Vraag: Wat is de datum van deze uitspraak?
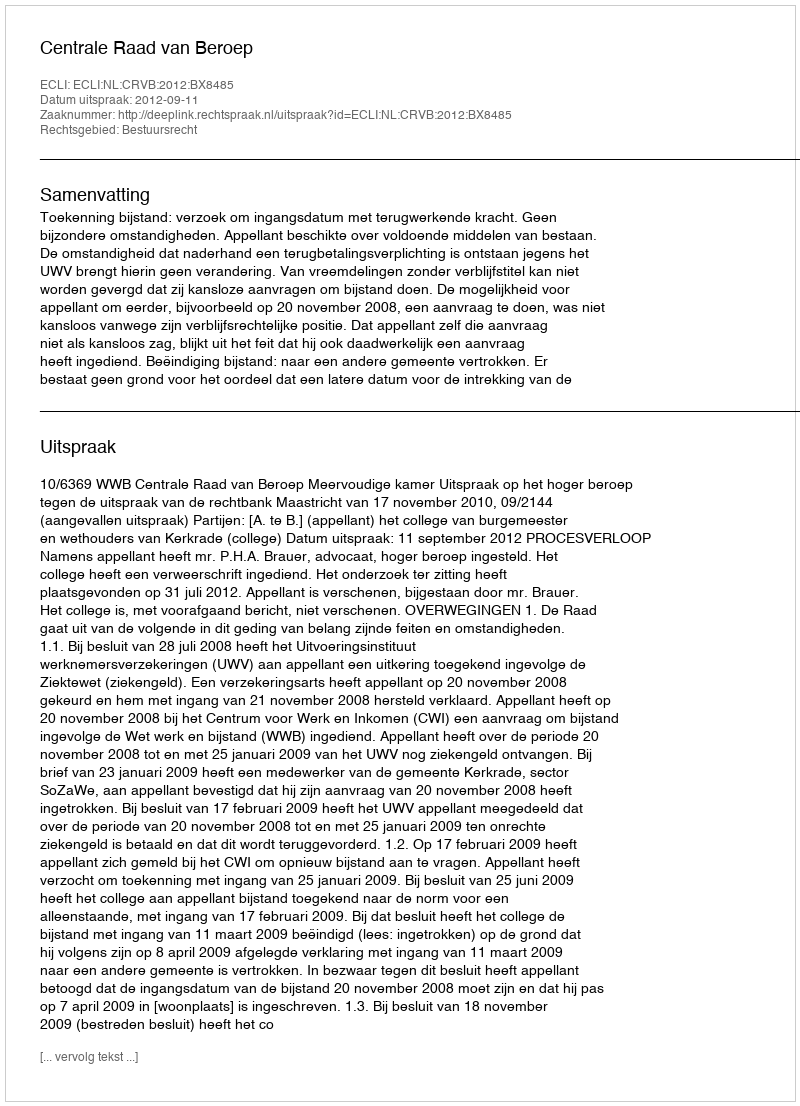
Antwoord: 2012-09-11